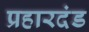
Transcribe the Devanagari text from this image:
प्रहारदंड